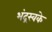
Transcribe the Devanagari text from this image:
भंद्रस्वके